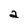
Character: a